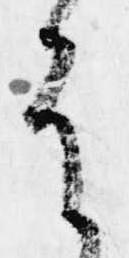
は